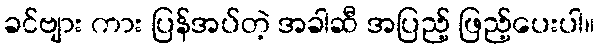
ခင်ဗျား ကား ပြန်အပ်တဲ့ အခါဆီ အပြည့် ဖြည့်ပေးပါ။